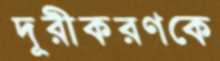
দূরীকরণকে